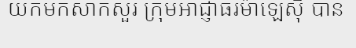
យកមកសាកសួរ ក្រុមអាជ្ញាធរម៉ាឡេស៊ី បាន